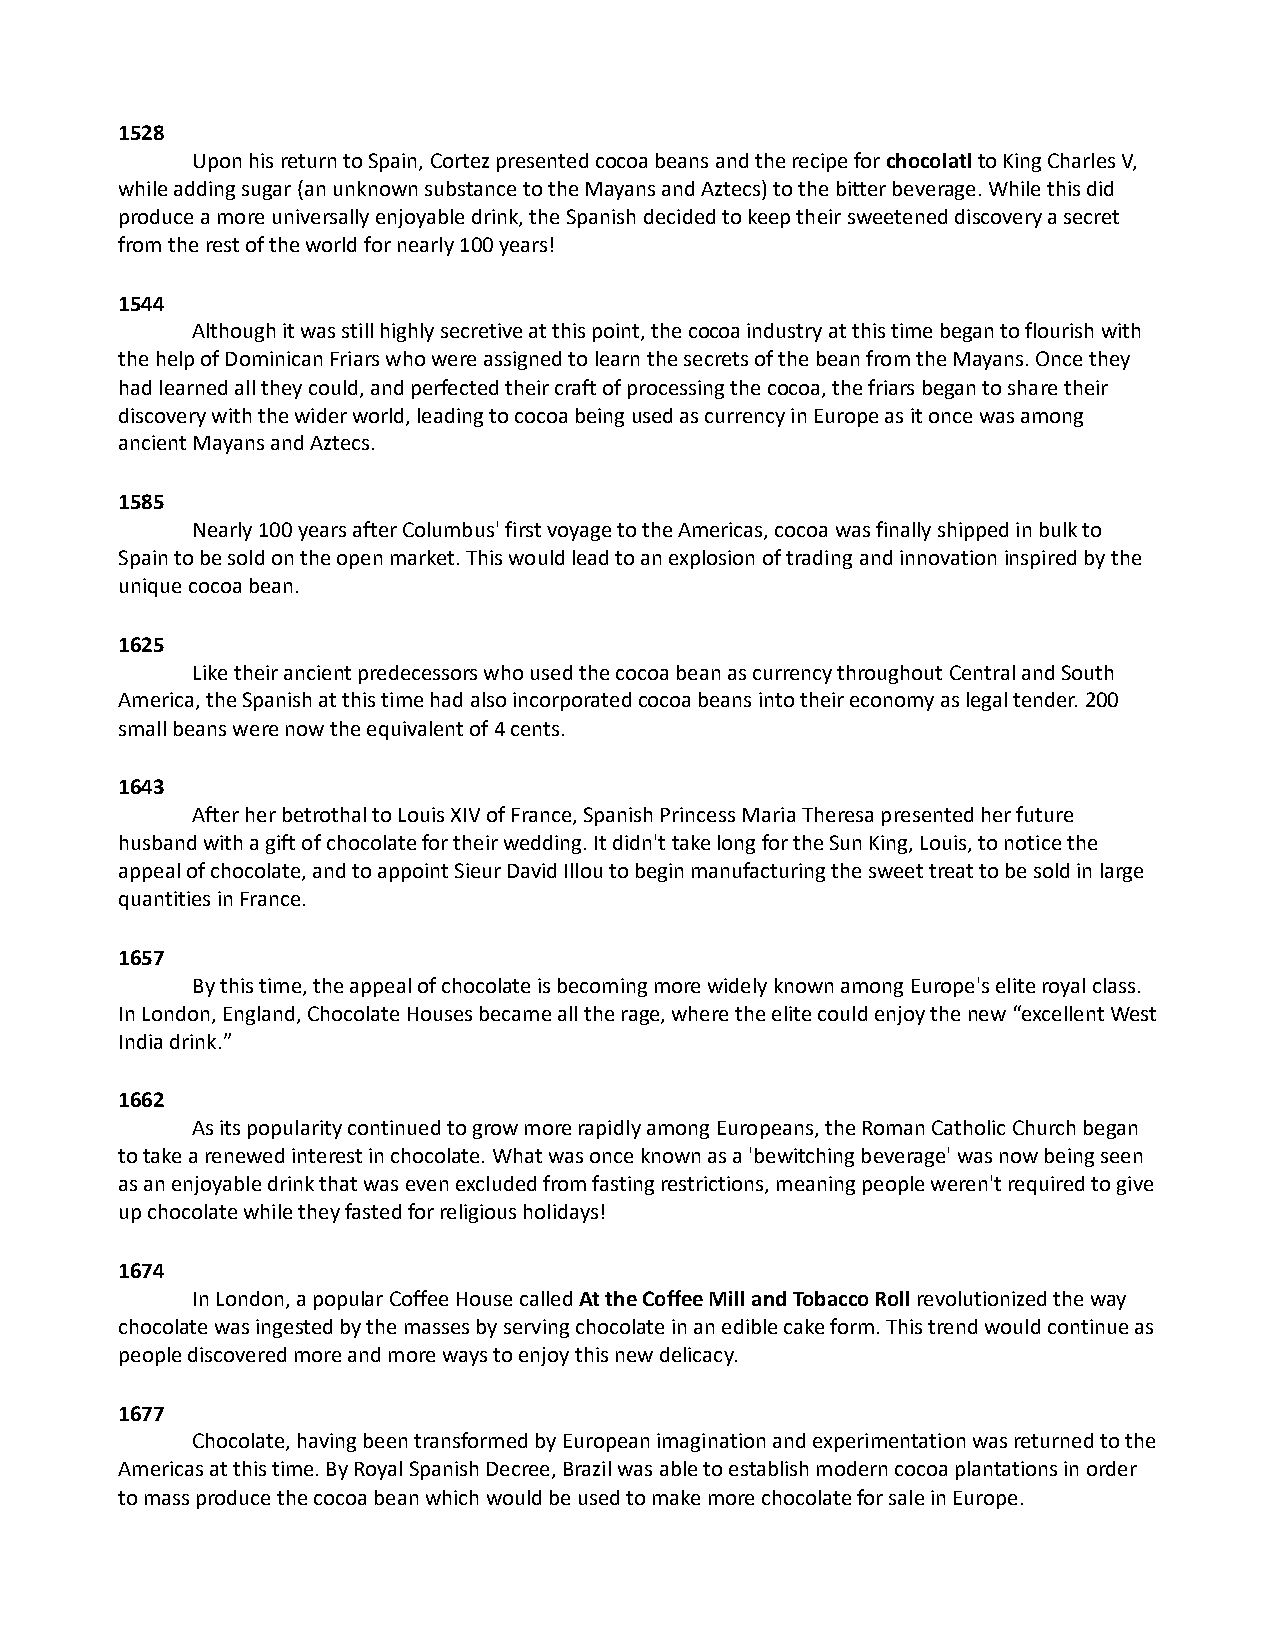
1528
 Upon his return to Spain, Cortez presented cocoa beans and the recipe for chocolatl to King Charles V,
 while adding sugar (an unknown substance to the Mayans and Aztecs) to the bitter beverage. While this did
 produce a more universally enjoyable drink, the Spanish decided to keep their sweetened discovery a secret
 from the rest of the world for nearly 100 years!
 1544
 Although it was still highly secretive at this point, the cocoa industry at this time began to flourish with
 the help of Dominican Friars who were assigned to learn the secrets of the bean from the Mayans. Once they
 had learned all they could, and perfected their craft of processing the cocoa, the friars began to share their
 discovery with the wider world, leading to cocoa being used as currency in Europe as it once was among
 ancient Mayans and Aztecs.
 1585
 Nearly 100 years after Columbus' first voyage to the Americas, cocoa was finally shipped in bulk to
 Spain to be sold on the open market. This would lead to an explosion of trading and innovation inspired by the
 unique cocoa bean.
 1625
 Like their ancient predecessors who used the cocoa bean as currency throughout Central and South
 America, the Spanish at this time had also incorporated cocoa beans into their economy as legal tender. 200
 small beans were now the equivalent of 4 cents.
 1643
 After her betrothal to Louis XIV of France, Spanish Princess Maria Theresa presented her future
 husband with a gift of chocolate for their wedding. It didn't take long for the Sun King, Louis, to notice the
 appeal of chocolate, and to appoint Sieur David Illou to begin manufacturing the sweet treat to be sold in large
 quantities in France.
 1657
 By this time, the appeal of chocolate is becoming more widely known among Europe's elite royal class.
 In London, England, Chocolate Houses became all the rage, where the elite could enjoy the new “excellent West
 India drink.”
 1662
 As its popularity continued to grow more rapidly among Europeans, the Roman Catholic Church began
 to take a renewed interest in chocolate. What was once known as a 'bewitching beverage' was now being seen
 as an enjoyable drink that was even excluded from fasting restrictions, meaning people weren't required to give
 up chocolate while they fasted for religious holidays!
 1674
 In London, a popular Coffee House called At the Coffee Mill and Tobacco Roll revolutionized the way
 chocolate was ingested by the masses by serving chocolate in an edible cake form. This trend would continue as
 people discovered more and more ways to enjoy this new delicacy.
 1677
 Chocolate, having been transformed by European imagination and experimentation was returned to the
 Americas at this time. By Royal Spanish Decree, Brazil was able to establish modern cocoa plantations in order
 to mass produce the cocoa bean which would be used to make more chocolate for sale in Europe.